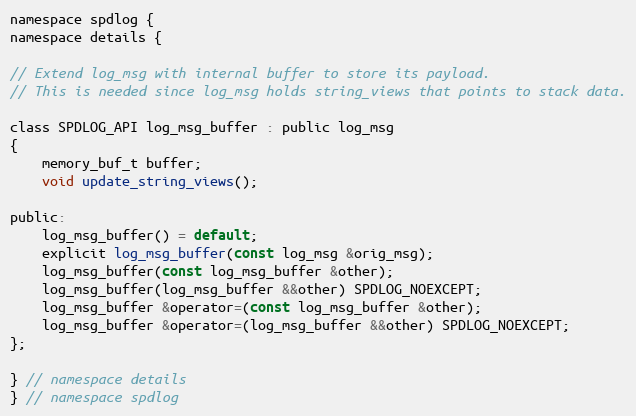
Language: C
namespace spdlog {
namespace details {

// Extend log_msg with internal buffer to store its payload.
// This is needed since log_msg holds string_views that points to stack data.

class SPDLOG_API log_msg_buffer : public log_msg
{
    memory_buf_t buffer;
    void update_string_views();

public:
    log_msg_buffer() = default;
    explicit log_msg_buffer(const log_msg &orig_msg);
    log_msg_buffer(const log_msg_buffer &other);
    log_msg_buffer(log_msg_buffer &&other) SPDLOG_NOEXCEPT;
    log_msg_buffer &operator=(const log_msg_buffer &other);
    log_msg_buffer &operator=(log_msg_buffer &&other) SPDLOG_NOEXCEPT;
};

} // namespace details
} // namespace spdlog